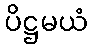
ပိဋ္ဌမယံ